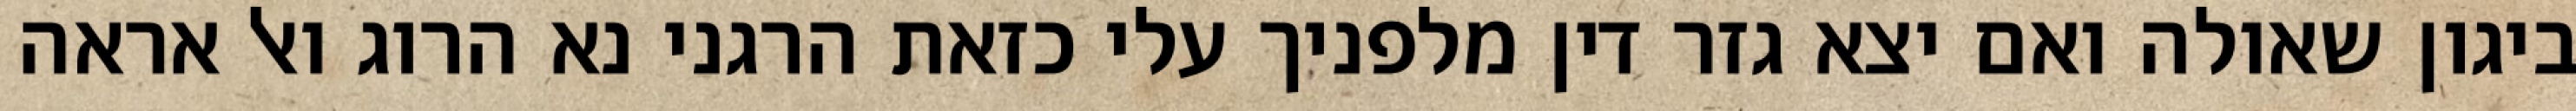
ביגון שאולה ואם יצא גזר דין מלפניך עלי כזאת הרגני נא הרוג ואל אראה